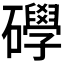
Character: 𥗙